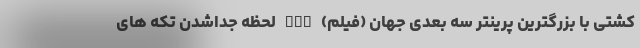
کشتی با بزرگترین پرینتر سه بعدی جهان (فیلم) nan لحظه جداشدن تکه های